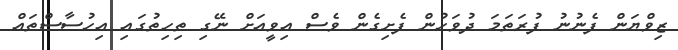
ޒިވްޔަން ފެނުނު ފުރަތަމަ ދުވަހުން ފެށިގެން ވެސް އިވީއަށް ނޭގި ތިހިތުގައި އިހުސާސްތައް